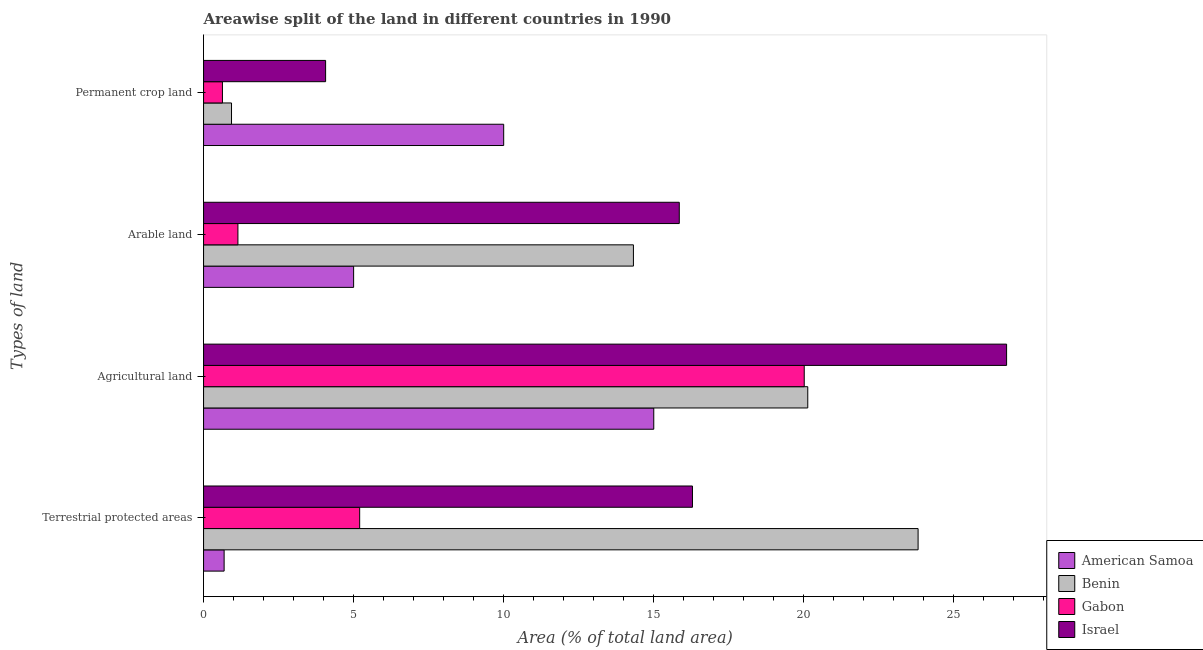
| Types of land | American Samoa | Benin | Gabon | Israel |
 | --- | --- | --- | --- | --- |
 | Terrestrial protected areas | 0.685 | 23.8 | 5.2 | 16.3 |
 | Agricultural land | 15 | 20.1 | 20 | 26.8 |
 | Arable land | 5 | 14.3 | 1.14 | 15.9 |
 | Permanent crop land | 10 | 0.931 | 0.629 | 4.07 |